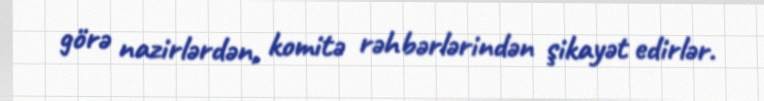
görə nazirlərdən, komitə rəhbərlərindən şikayət edirlər.